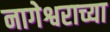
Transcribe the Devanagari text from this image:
नागेश्वराच्या